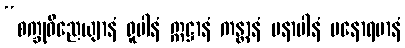
“စက္ခုဝိညေယျာနံ ရူပါနံ ဣဋ္ဌာနံ ကန္တာနံ မနာပါနံ မနောရမာနံ